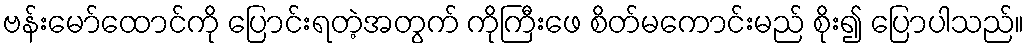
ဗန်းမော်ထောင်ကို ပြောင်းရတဲ့အတွက် ကိုကြီးဖေ စိတ်မကောင်းမည် စိုး၍ ပြောပါသည်။